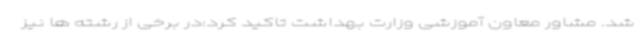
شد. مشاور معاون آموزشی وزارت بهداشت تاکید کرد:در برخی از رشته ها نیز